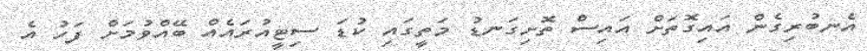
އެނބުރިގެން އައިގޮތަށް އައިސް ތޮށިގަނޑު މަތީގައި ކުޑަ ސިޓީއުރައެއް ބޭއްވުމަށް ފަހު އެ